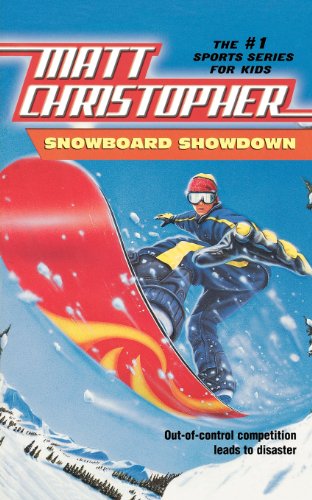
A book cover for Snowboard Showdown: Out-of Control Competition Leads to Disaster (Matt Christopher Sports Classics); Matt Christopher; Children's Books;